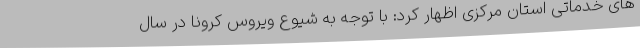
های خدماتی استان مرکزی اظهار کرد: با توجه به شیوع ویروس کرونا در سال